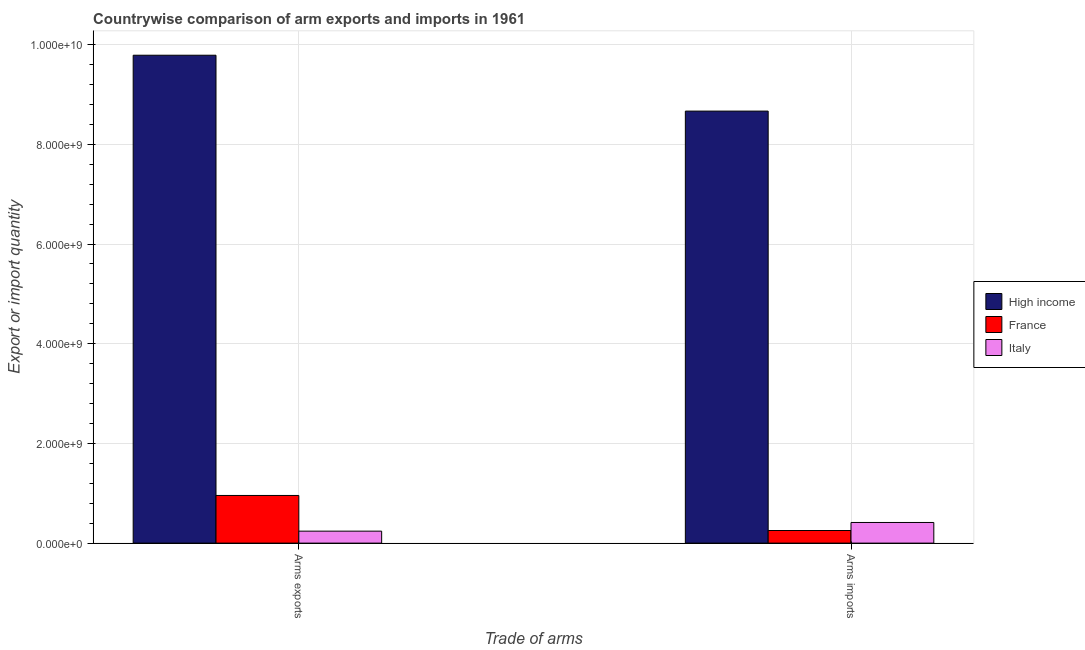
| Trade of arms | High income | France | Italy |
 | --- | --- | --- | --- |
 | Arms exports | 9.79e+09 | 9.56e+08 | 2.4e+08 |
 | Arms imports | 8.67e+09 | 2.53e+08 | 4.14e+08 |